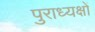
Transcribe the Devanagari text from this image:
पुराध्यक्षों